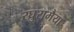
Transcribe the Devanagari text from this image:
रघुरामैया